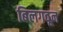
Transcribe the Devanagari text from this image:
बिलगवून